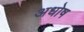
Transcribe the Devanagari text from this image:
अधोष